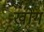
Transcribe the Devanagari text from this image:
खोगं